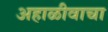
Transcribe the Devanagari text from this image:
अहाळीवाचा